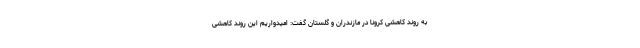
به روند کاهشی کرونا در مازندران و گلستان گفت: امیدواریم این روند کاهشی